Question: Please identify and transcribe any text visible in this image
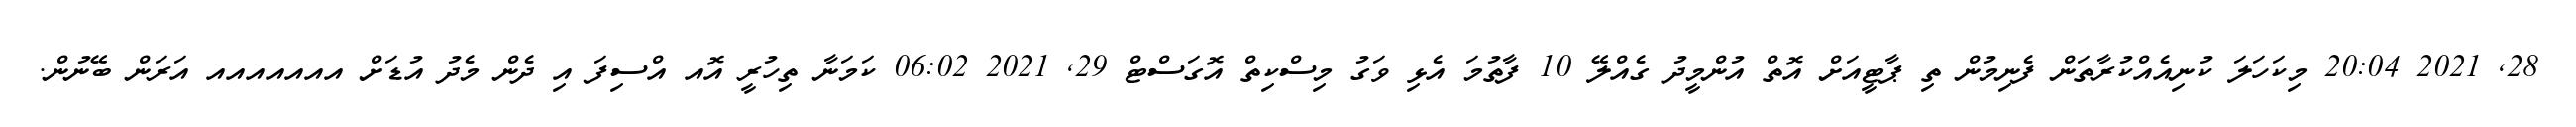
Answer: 28, 2021 20:04 މިކަހަލަ ކުނިއެއްކުރާތަން ފެނިމުން ތި ޕާޓީއަށް އޮތް އުންމީދު ގެއްލޭ 10 ފާތުމަ އެޅި ވަގު މިސްކިތް އޮގަސްޓް 29, 2021 06:02 ކަމަނާ ތިހުރީ އޮއ އްސިފަ އި ދެން މެދު އުޑަށް އއއއއއއ އަރަން ބޭނުން.